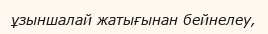
ұзыншалай жатығынан бейнелеу,